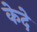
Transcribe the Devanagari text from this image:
केदे